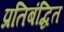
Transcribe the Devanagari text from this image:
प्रतिबंद्धित